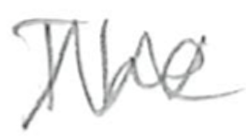
Text: The
Cross-out: zig-zag
Writing tool: pencil